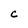
Character: C